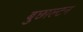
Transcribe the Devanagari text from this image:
बुछाल्टन